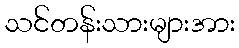
သင်တန်းသားများအား